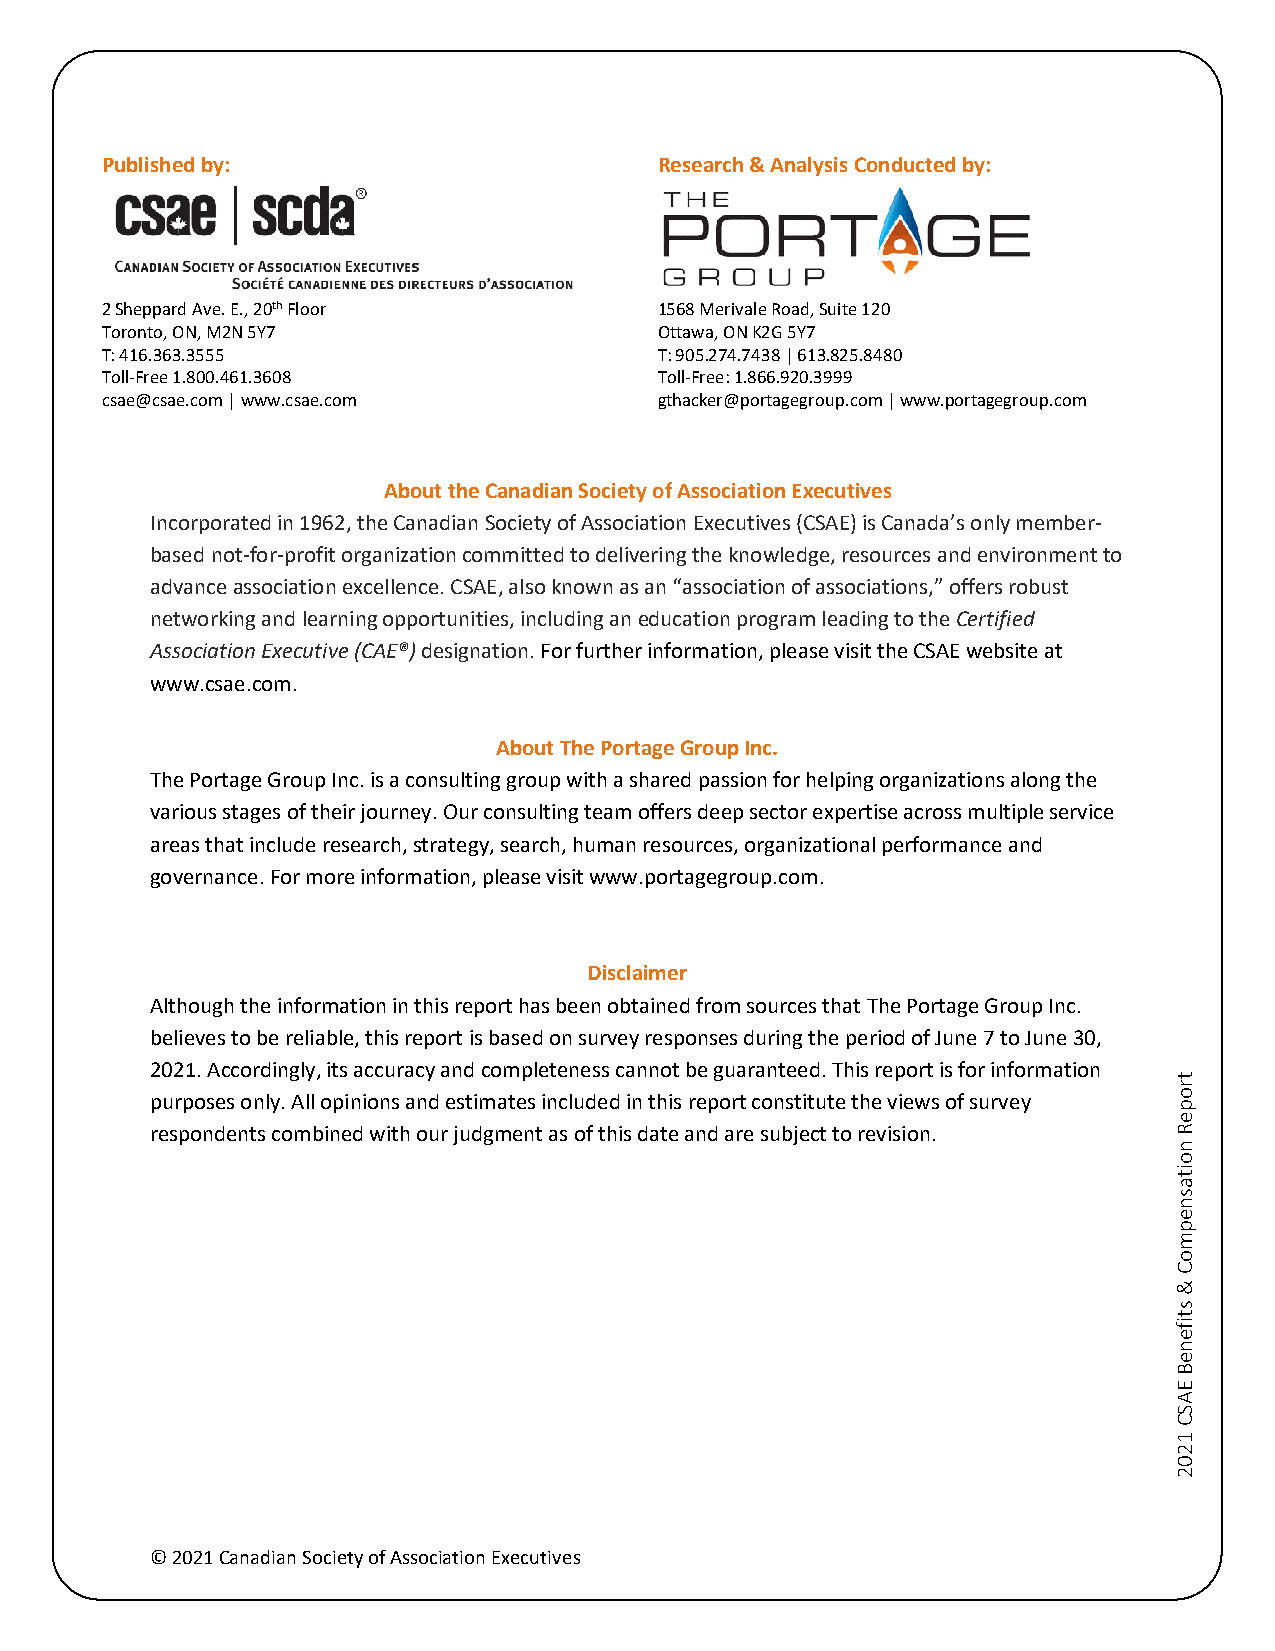
Published by:                        Research & Analysis Conducted by:
 2 Sheppard Ave. E., 20th Floor       1568 Merivale Road, Suite 120
 Toronto, ON, M2N 5Y7                 Ottawa, ON K2G 5Y7
 T: 416.363.3555                      T: 905.274.7438 | 613.825.8480
 Toll-Free 1.800.461.3608             Toll-Free: 1.866.920.3999
 csae@csae.com | www.csae.com         gthacker@portagegroup.com | www.portagegroup.com
 About the Canadian Society of Association Executives
 Incorporated in 1962, the Canadian Society of Association Executives (CSAE) is Canada’s only member-
 based not-for-profit organization committed to delivering the knowledge, resources and environment to
 advance association excellence. CSAE, also known as an “association of associations,” offers robust
 networking and learning opportunities, including an education program leading to the Certified
 Association Executive (CAE®) designation. For further information, please visit the CSAE website at
 www.csae.com.
 About The Portage Group Inc.
 The Portage Group Inc. is a consulting group with a shared passion for helping organizations along the
 various stages of their journey. Our consulting team offers deep sector expertise across multiple service
 areas that include research, strategy, search, human resources, organizational performance and
 governance. For more information, please visit www.portagegroup.com.
 Disclaimer
 Although the information in this report has been obtained from sources that The Portage Group Inc.
 believes to be reliable, this report is based on survey responses during the period of June 7 to June 30,
 2021. Accordingly, its accuracy and completeness cannot be guaranteed. This report is for information
 purposes only. All opinions and estimates included in this report constitute the views of survey
 respondents combined with our judgment as of this date and are subject to revision.
 © 2021 Canadian Society of Association Executives
 tropeR
 noitasnepmoC
 &
 stifeneB
 EASC
 1202